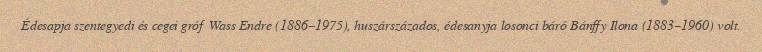
Édesapja szentegyedi és cegei gróf Wass Endre (1886–1975), huszárszázados, édesanyja losonci báró Bánffy Ilona (1883–1960) volt.